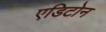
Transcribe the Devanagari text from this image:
एडिटोन